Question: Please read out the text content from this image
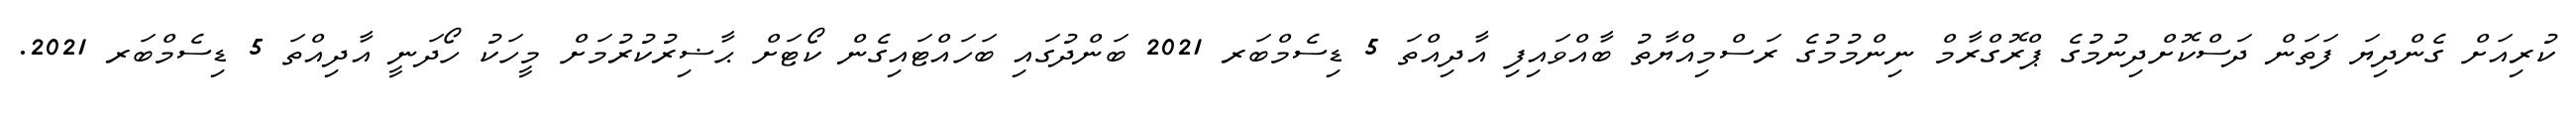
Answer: ކުރިއަށް ގެންދިޔަ ފަތަން ދަސްކޮށްދިނުމުގެ ޕްރޮގްރާމް ނިންމުމުގެ ރަސްމިއްޔާތު ބާއްވައިފި އާދިއްތަ 5 ޑިސެމްބަރ 2021 ބަންދުގައި ބަހައްޓައިގެން ކޯޓަށް ޙާޟިރުކުރުމަށް މީހަކު ހޯދަނީ އާދިއްތަ 5 ޑިސެމްބަރ 2021.